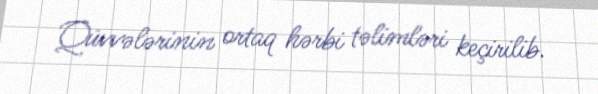
Qüvvələrinin ortaq hərbi təlimləri keçirilib.